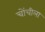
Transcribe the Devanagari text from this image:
चोंचीला